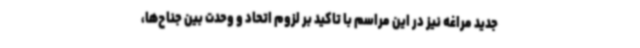
جدید مراغه نیز در این مراسم با تاکید بر لزوم اتحاد و وحدت بین جناح‌ها،